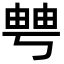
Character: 𤲀